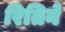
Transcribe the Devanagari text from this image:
रितिने